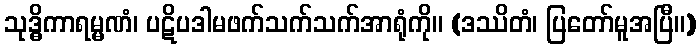
သုဒ္ဓိကာရမ္မဏံ၊ ပဋိပဒါမဖက်သက်သက်အာရုံကို။ (ဒဿိတံ၊ ပြတော်မူအပြီ။)